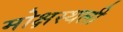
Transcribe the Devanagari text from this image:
मोक्षस्थली